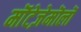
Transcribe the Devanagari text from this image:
मॊंटेज़ेमॊलॊ